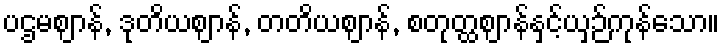
ပဌမဈာန်, ဒုတိယဈာန်, တတိယဈာန်, စတုတ္ထဈာန်နှင့်ယှဉ်ကုန်သော။